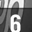
Digit: 6